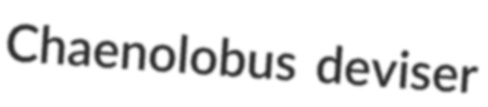
Chaenolobus deviser